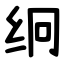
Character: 䌹